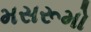
મસરૂમો